Medical and sanitary report of the native army of Bengal for the year
Year: 1878
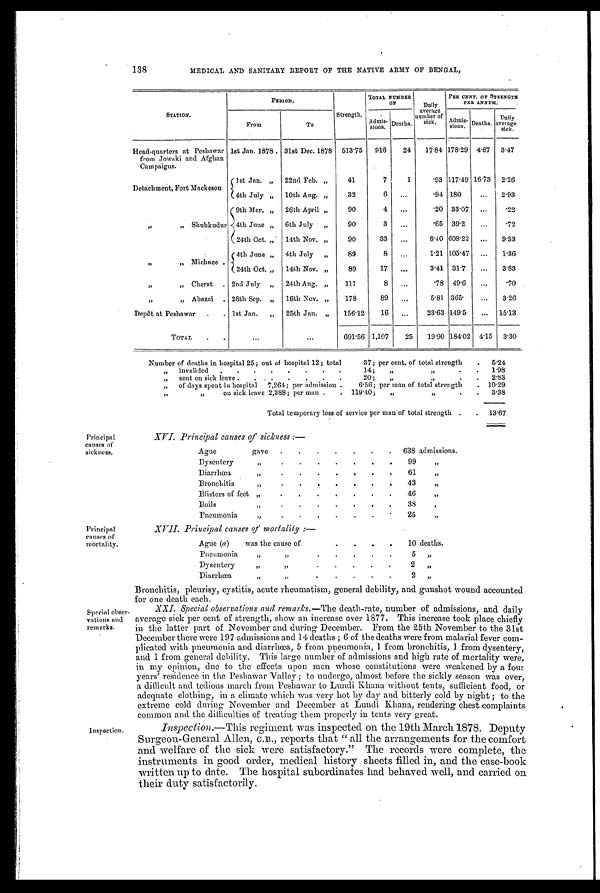
138
MEDICAL AND SANITARY REPORT OF THE NATIVE ARMY OF BENGAL,
STATION.
PERIOD.
Strength.
TOTAL NUMBER
OF
Daily
average
number of
sick.
PER CENT. OF STRENGTH
PER ANNUM.
From
To
.
Admis- sions. Deaths.
Admis- sions.
Deaths.
Daily
average
sick.
Head-quarters at Peshawar
from Jowaki and Afghan
Campaigns.
1st Jan. 1878
31st Dec. 1878
513 .75
916
24
17.84 178.29 4.67
3.47
Detachment, Fort Mackeson
1st Jan. „
22nd Feb. „
41
7
1
.93 117 . 49 16 .73
2.26
4th July „
10th Aug. „
32
6
...
.94 180
...
2.93
,,
„ Shubkudur
9th Mar. „
26th April „
90
4
...
.20 33 .07
...
.22
4th June „
6th July
„
90
3
. . .
.65 39. 2
...
.72
24th Oct. „
14th Nov. „
90
33
. . .
8.40 608 . 22
...
9.33
,,
„ Michnce .
4th June „
4th July
„
89
8
...
1.21 105.47
...
1.36
24th Oct. „
14th Nov. „
89
17
...
3.41 31.7
...
3.83
,
„
Cherat . 2nd July „
24th Aug. „
111
8
. . .
.8 49.6
...
.70
,,
„ Abazai . 28th Sep. „
16th Nov. „
178
89
...
5.81 365.
...
3.26
Depôt at Peshawar
.
. 1st Jan.
„
25th Jan. „
156.12
16
...
23.63 149.5
...
15.13
TOTAL
.
.
...
...
601.56 1,107
25
19.90 184.02 4. 15
3.30
Number of deaths in hospital 25; out of hospital 12; total
37; per cent. of total strength
.
5.24
„
invalided
.
.
.
.
.
.
.
.
14;
„
,,
.
.
1.98
„
sent on sick leave .
. . .
.
.
.
.
20;
„
,,
.
.
2.83
„
of days spent in hospital
7,264; per admission .
6.56; per man of total strength
. 10.29
, ,
,,
on sick leave 2,388; per man .
. 119 . 40;
„
,,
.
3.33
Total temporary loss of service per man of total strength .
.
13.67
Principal
causes of
sickness.
Principal
causes
of mortality.
Special obser
- vations and
remarks.
Inspection.
XVI. Principal causes of sickness :—
Ague
gave
.
.
.
.
.
.
. 638 admissions.
Dysenter
,,
.
.
.
.
.
.
.
99
,
Diarrhœa
, ,
.
.
.
.
.
.
.
61
, ,
Bronchitis
, ,
.
.
.
.
.
.
.
43
, ,
Blisters of fee ,,
.
.
.
.
.
.
.
46
, ,
Boils
, ,
.
.
.
.
.
.
.
38
,
Pneumonia
, ,
.
.
.
.
.
.
.
25
, ,
XVII. Principal causes of mortality :—
Ague (a )
was the cause of
.
.
.
. 10 deaths.
Pneumonia
, ,
, ,
.
.
.
.
. 5
, ,
Dysentery
, ,
, ,
.
.
.
.
.
2
, ,
Diarrhœa
, ,
, ,
.
.
.
.
.
2
, ,
Bronchitis, pleurisy, cystitis, acute rheumatism, general debility, and gunshot wound accounted
for one
death each.
XXI. Special observations and remarks. —The death-rate, number of admissions, and daily
average sick per cent of strength, show an increase over 1877. This increase took place chiefly
in the latter part of November and during December. From the 25th November to the 31st
December there were 197 admissions and 14 deaths ; 6 of the deaths were from malarial fever com-
plicated with pneumonia and diarrhœa, 5 from pneumonia, 1 from bronchitis, 1 from dysentery,
and 1 from general debility. This large number of admissions and high rate of mortality were,
in my opinion, due to the effects upon men whose constitutions were weakened by a four
years' residence in the Peshawar Valley; to undergo, almost before the sickly season was over,
a difficult and tedious march from Peshawar to Lundi Khana without tents, sufficient food, or
adequate clothing, in a climate which was very hot by day and bitterly cold by night ; to the
extreme cold during November and December at Luudi Khana, rendering chest complaints
common and the difficulties of treating them properly in tents very great.
Inspection.—This regiment was inspected on the 19th March 1878. Deputy
Surgeon-General Allen, C.B., reports that " all the arrangements for the comfort
and welfare of the sick were satisfactory." The records were complete, the
instruments in good order, medical history sheets filled in, and the case-book
written up to date. The hospital subordinates had behaved well, and carried on
their duty satisfactorily.